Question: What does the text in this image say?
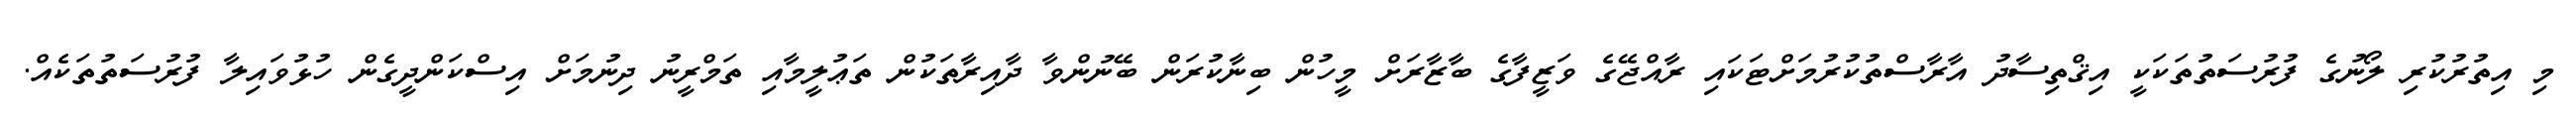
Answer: މި އިތުރުކުރި ލޯނުގެ ފުރުސަތުތަކަކީ އިޤްތިސާދު އާރާސްތުކުރުމަށްޓަކައި ރާއްޖޭގެ ވަޒީފާގެ ބާޒާރަށް މީހުން ބިނާކުރަން ބޭނުންވާ ދާއިރާތަކުން ތަޢުލީމާއި ތަމްރީނު ދިނުމަށް އިސްކަންދީގެން ހުޅުވައިލާ ފުރުސަތުތަކެއް.